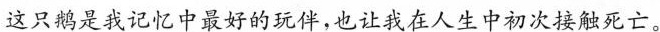
这只鹌是我记忆中最好的玩伴，也让我在人生中初次接触死亡。